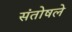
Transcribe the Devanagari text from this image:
संतोषले